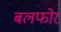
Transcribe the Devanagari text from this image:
बलफोर